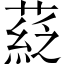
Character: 𦹴